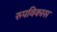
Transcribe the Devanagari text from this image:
रुपविकास